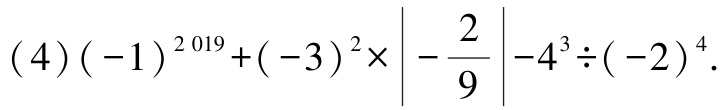
\((4)(-1)^{2019}+(-3)^{2}\times\left|-\frac{2}{9}\right|-4^{3}\div(-2)^{4}\)